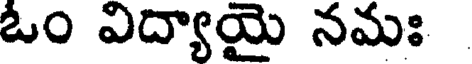
ఓం విద్యాయై నమః